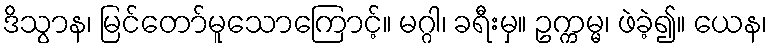
ဒိသွာန၊ မြင်တော်မူသောကြောင့်။ မဂ္ဂါ၊ ခရီးမှ။ ဥက္ကမ္မ၊ ဖဲခဲ့၍။ ယေန၊